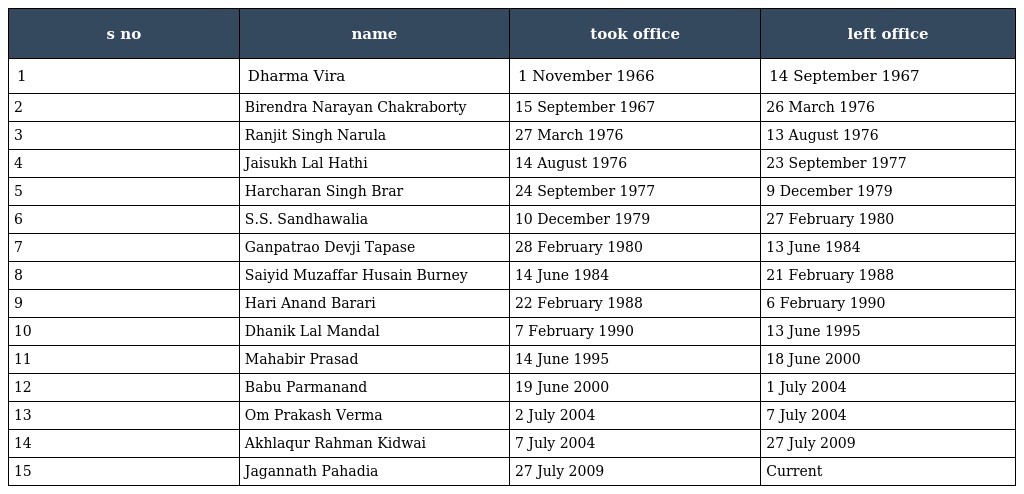
| s no | name | took office | left office |
 | --- | --- | --- | --- |
 | 1 | Dharma Vira | 1 November 1966 | 14 September 1967 |
 | 2 | Birendra Narayan Chakraborty | 15 September 1967 | 26 March 1976 |
 | 3 | Ranjit Singh Narula | 27 March 1976 | 13 August 1976 |
 | 4 | Jaisukh Lal Hathi | 14 August 1976 | 23 September 1977 |
 | 5 | Harcharan Singh Brar | 24 September 1977 | 9 December 1979 |
 | 6 | S.S. Sandhawalia | 10 December 1979 | 27 February 1980 |
 | 7 | Ganpatrao Devji Tapase | 28 February 1980 | 13 June 1984 |
 | 8 | Saiyid Muzaffar Husain Burney | 14 June 1984 | 21 February 1988 |
 | 9 | Hari Anand Barari | 22 February 1988 | 6 February 1990 |
 | 10 | Dhanik Lal Mandal | 7 February 1990 | 13 June 1995 |
 | 11 | Mahabir Prasad | 14 June 1995 | 18 June 2000 |
 | 12 | Babu Parmanand | 19 June 2000 | 1 July 2004 |
 | 13 | Om Prakash Verma | 2 July 2004 | 7 July 2004 |
 | 14 | Akhlaqur Rahman Kidwai | 7 July 2004 | 27 July 2009 |
 | 15 | Jagannath Pahadia | 27 July 2009 | Current |